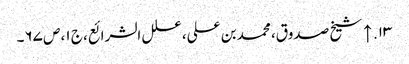
۱۳. ↑ شیخ صدوق، محمد بن علی، علل الشرائع، ج ۱، ص ۶۷۔